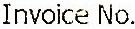
INVOICE NO.